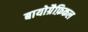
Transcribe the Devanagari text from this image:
बायोग्रैफ़िकल